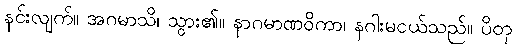
နင်းလျက်။ အဂမာသိ၊ သွား၏။ နာဂမာဏဝိကာ၊ နဂါးမငယ်သည်။ ပိတု